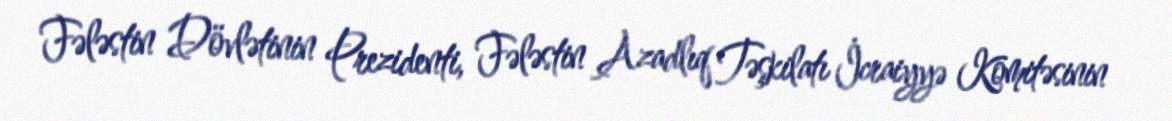
Fələstin Dövlətinin Prezidenti, Fələstin Azadlıq Təşkilatı İcraiyyə Komitəsinin